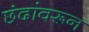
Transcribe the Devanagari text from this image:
छंदांवरून